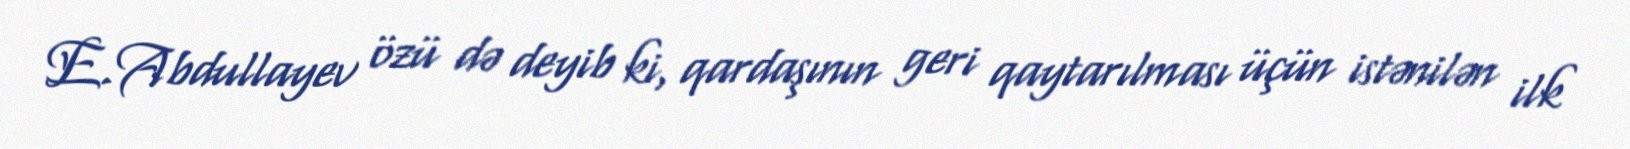
E.Abdullayev özü də deyib ki, qardaşının geri qaytarılması üçün istənilən ilk